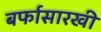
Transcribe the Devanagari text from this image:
बर्फासारखी